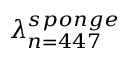
\lambda _ { n = 4 4 7 } ^ { s p o n g e }